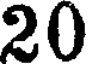
20